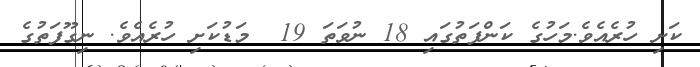
ކަށި ހުރެއެވެ.މަހުގެ ކަންފަތުގައި 18 ނުވަތަ 19  މަޑުކަށި ހުރެއެވެ. ނިގޫފަތުގެ